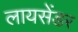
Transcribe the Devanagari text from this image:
लायसेंडर